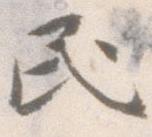
民